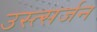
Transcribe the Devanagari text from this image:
उस्त्सर्जन